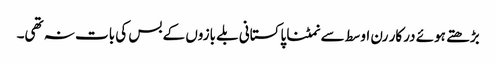
بڑھتے ہوئے درکار رن اوسط سے نمٹنا پاکستانی بلے بازوں کے بس کی بات نہ تھی۔